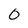
Character: 0